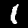
Label: 1